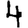
Digit: 4